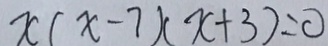
x ( x - 7 ) ( x + 3 ) = 0